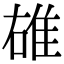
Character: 䧺